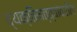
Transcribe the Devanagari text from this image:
व्यक्तिमत्त्वांवरील